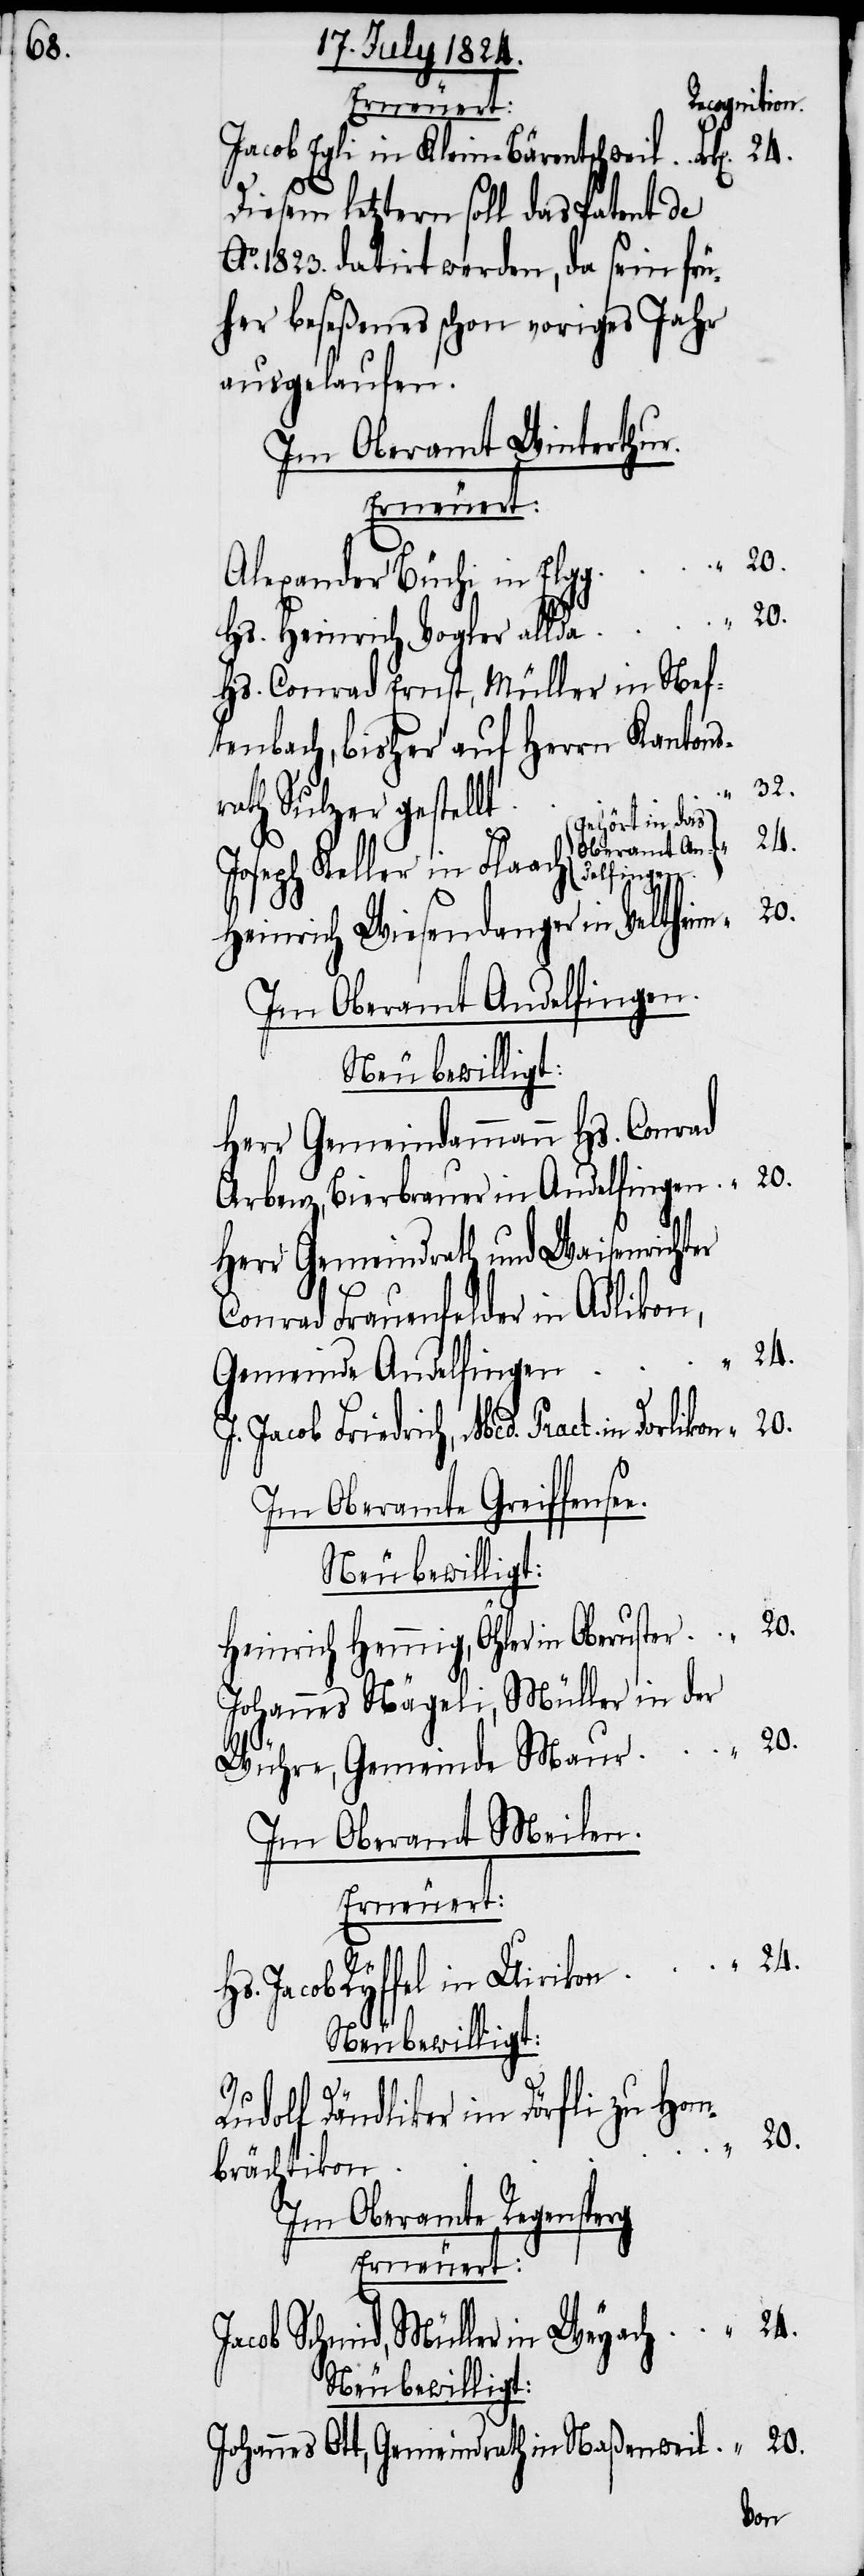
Recognition.
Erneuert:
Jacob Egli in Klein-Bärentschweil
Diesem letztern soll das Patent de
1823. datirt werden, da sein frü¬
her beseßenes schon voriges Jahr
ausgelaufen.
Im Oberamt Winterthur.
Erneuert.
Alexander Büchi in Elgg
Hs. Heinrich Vogler allda
Hs. Conrad Ernst, Müller in Nef¬
tenbach, bisher auf Herrn Kantons¬
rath Sulzer gestellt
(gehört in das
seph Keller in Flaach
Heinrich Wiesendanger in Veltheim
Im Oberamt Andelfingen.
Neu bewilligt:
Herr Gemeindammann Hs. Conrad
Arbenz, Bierbrauer in Andelfingen
Herr Gemeindrath und Waisenrichter
Conrad Frauenfelder in Adlikon,
Gemeinde Andelfingen
J. Jacob Friedrich, Med. Pract. in Dorlikon
Im Oberamte Greiffense¬
Neu bewilligt:
Heinrich Henning, Öhler in Oberuster
Johannes Nägeli, Müller in der
Wühre, Gemeinde Maur
Im Oberamt Meilen.
Erneuert:
Hs. Jacob Ryffel in Uirikon.
e.
Rudolf Dändliker im Dörfli zu Hom¬
20.
brächtikon
Im Oberamt Regensperg
Erneuert:
Jacob Schmid, Müller in Weyach
Neu bewilligt:
Johannes Ott, Gemeindrath in Naßenwil